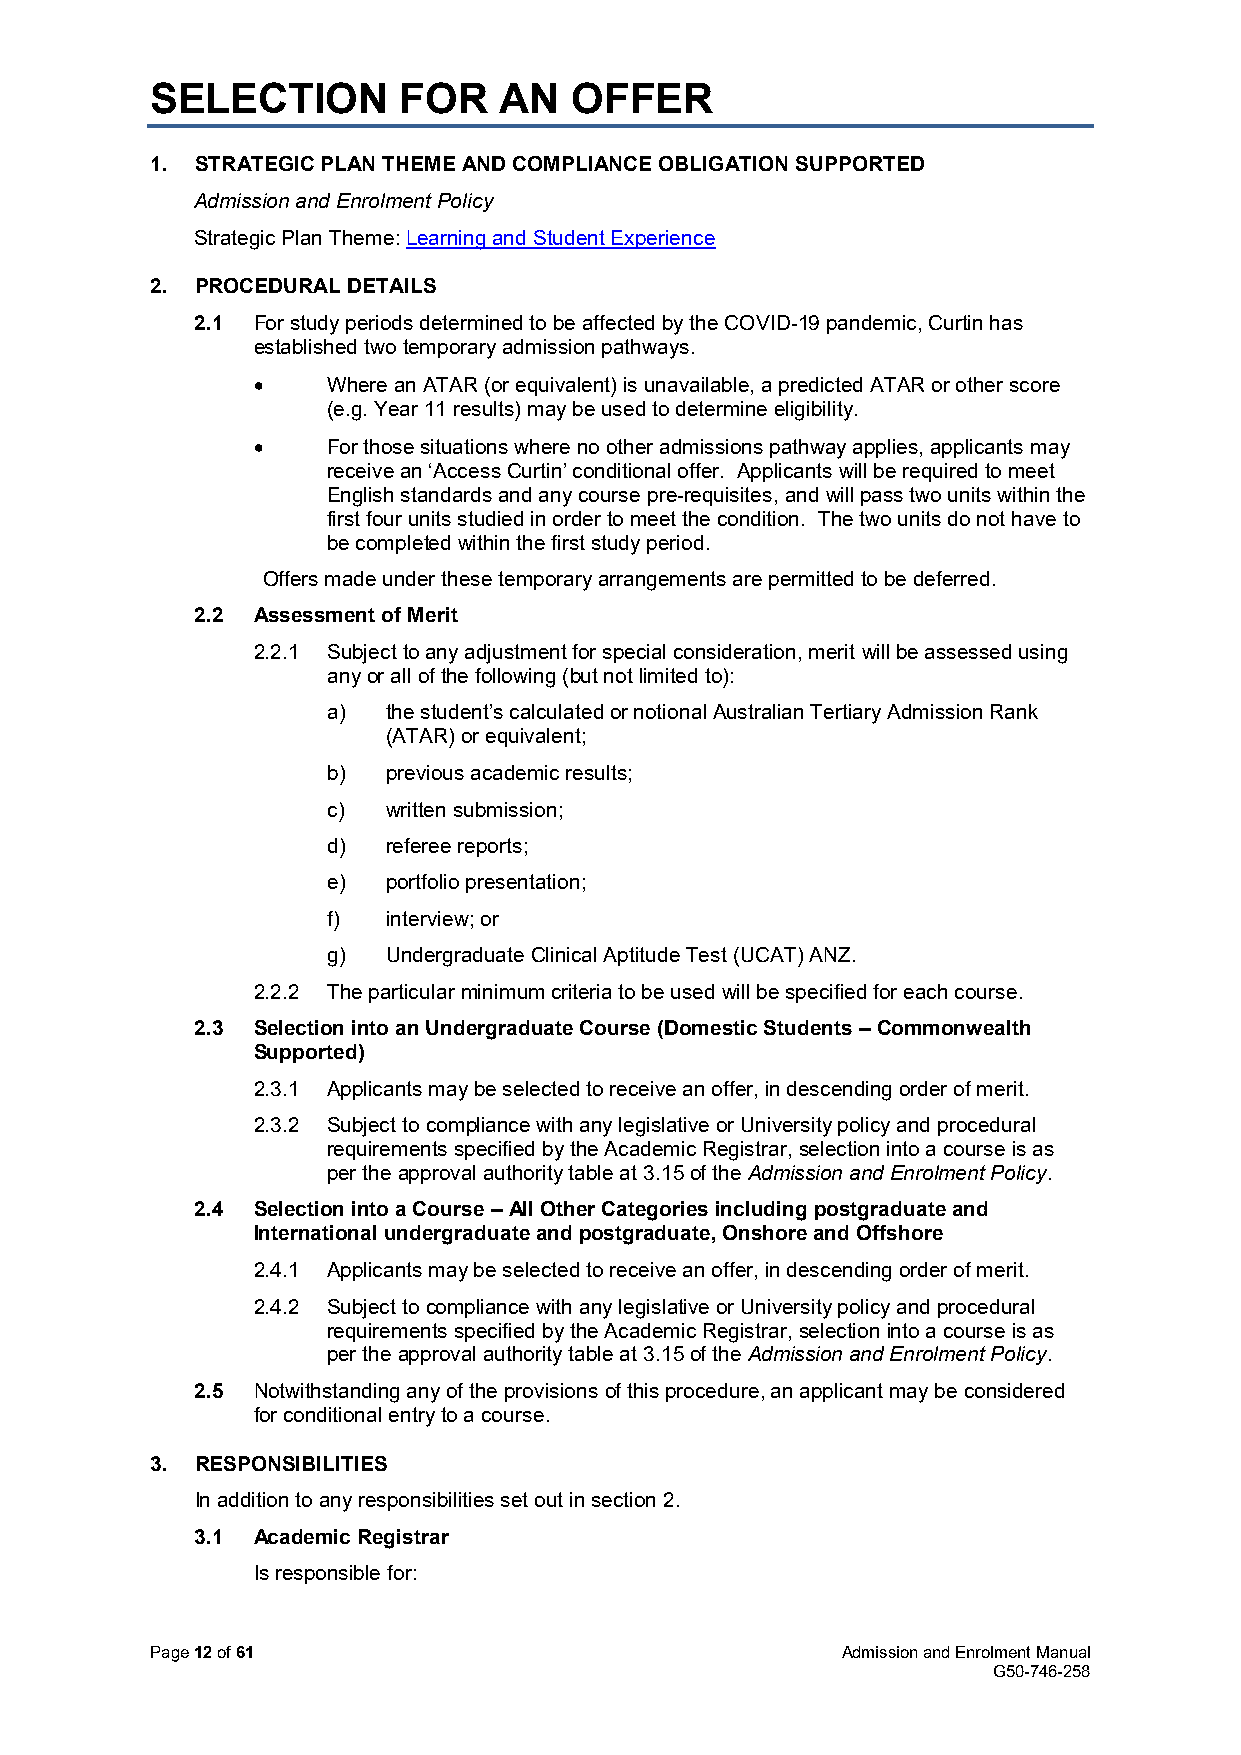
SELECTION       FOR    AN   OFFER
 1. STRATEGIC PLAN THEME AND COMPLIANCE OBLIGATION SUPPORTED
 Admission and Enrolment Policy
 Strategic Plan Theme: Learning and Student Experience
 2. PROCEDURAL DETAILS
 2.1 For study periods determined to be affected by the COVID-19 pandemic, Curtin has
 established two temporary admission pathways.
 •    Where an ATAR (or equivalent) is unavailable, a predicted ATAR or other score
 (e.g. Year 11 results) may be used to determine eligibility.
 •    For those situations where no other admissions pathway applies, applicants may
 receive an ‘Access Curtin’ conditional offer. Applicants will be required to meet
 English standards and any course pre-requisites, and will pass two units within the
 first four units studied in order to meet the condition. The two units do not have to
 be completed within the first study period.
 Offers made under these temporary arrangements are permitted to be deferred.
 2.2 Assessment of Merit
 2.2.1 Subject to any adjustment for special consideration, merit will be assessed using
 any or all of the following (but not limited to):
 a)  the student’s calculated or notional Australian Tertiary Admission Rank
 (ATAR) or equivalent;
 b)  previous academic results;
 c)  written submission;
 d)  referee reports;
 e)  portfolio presentation;
 f)  interview; or
 g)  Undergraduate Clinical Aptitude Test (UCAT) ANZ.
 2.2.2 The particular minimum criteria to be used will be specified for each course.
 2.3 Selection into an Undergraduate Course (Domestic Students – Commonwealth
 Supported)
 2.3.1 Applicants may be selected to receive an offer, in descending order of merit.
 2.3.2 Subject to compliance with any legislative or University policy and procedural
 requirements specified by the Academic Registrar, selection into a course is as
 per the approval authority table at 3.15 of the Admission and Enrolment Policy.
 2.4 Selection into a Course – All Other Categories including postgraduate and
 International undergraduate and postgraduate, Onshore and Offshore
 2.4.1 Applicants may be selected to receive an offer, in descending order of merit.
 2.4.2 Subject to compliance with any legislative or University policy and procedural
 requirements specified by the Academic Registrar, selection into a course is as
 per the approval authority table at 3.15 of the Admission and Enrolment Policy.
 2.5 Notwithstanding any of the provisions of this procedure, an applicant may be considered
 for conditional entry to a course.
 3. RESPONSIBILITIES
 In addition to any responsibilities set out in section 2.
 3.1 Academic Registrar
 Is responsible for:
 Page 12 of 61                                 Admission and Enrolment Manual
 G50-746-258